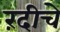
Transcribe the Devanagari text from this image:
रंदीचे